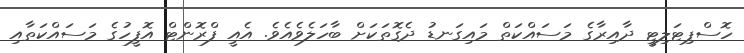
ހޮސްޕިޓަލިޓީ ދާއިރާގެ މަސައްކަތް މައިގަނޑު ދެގޮތަކަށް ބާހަލެވެއެވެ. އެއީ ފްރޮންޓް އޮފީހުގެ މަސައްކަތާއި